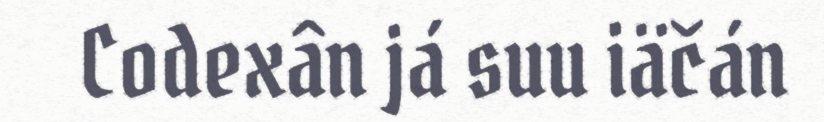
Codexân já suu iäčán